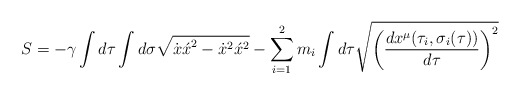
\begin{align*}S=-\gamma \int d \tau \int d \sigma \sqrt{{\dot x\acute x}^{2}-{\dot x}^{2}{\acute x}^{2}}-\sum_{i=1}^2 m_i\int d \tau\sqrt{{\left(\frac{d x^{\mu}({\tau}_i,{\sigma}_i(\tau))} { d\tau}\right)}^{2}}\end{align*}